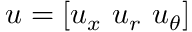
\boldsymbol { u } = \left[ u _ { x } ~ u _ { r } ~ u _ { \theta } \right]